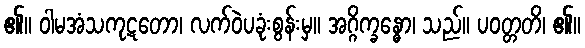
၏။ ဝါမအံသကုဋတော၊ လက်ဝဲပခုံးစွန်းမှ။ အဂ္ဂိက္ခန္ဓော၊ သည်။ ပဝတ္တတိ၊ ၏။